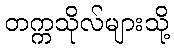
တက္ကသိုလ်များသို့